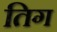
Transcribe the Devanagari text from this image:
तिग